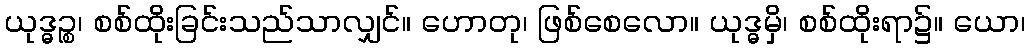
ယုဒ္ဓဉ္စ၊ စစ်ထိုးခြင်းသည်သာလျှင်။ ဟောတု၊ ဖြစ်စေလော။ ယုဒ္ဓမှိ၊ စစ်ထိုးရာ၌။ ယော၊